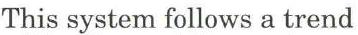
This system follows a trend